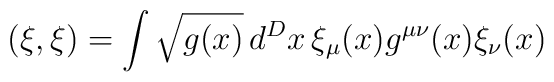
(\xi, \xi) = \int \sqrt{g(x)}\, d^D x \,\xi_{\mu}(x) g^{\mu\nu}(x) \xi_{\nu} (x)